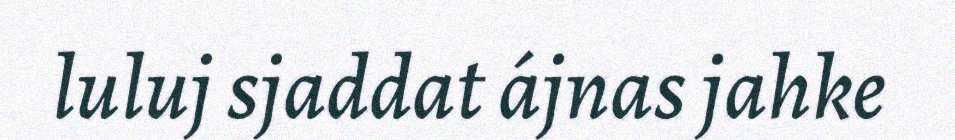
luluj sjaddat ájnas jahke